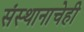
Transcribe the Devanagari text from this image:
संस्थानाचेही